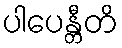
ပါပေန္တီတိ